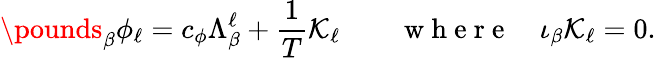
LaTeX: \pounds_{\beta}\phi_{\ell}=c_{\phi}\Lambda_{\beta}^{\ell}+\frac 1T{\cal K}_{\ell}\qquad\mathrm{~w~h~e~r~e~}\quad\iota_{\beta}{\cal K}_{\ell}=0.